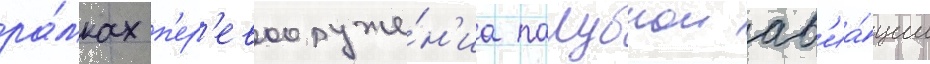
ра́мках п'ер'евооруже́н'иа палубнои ав'иа́ции